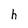
Character: h